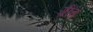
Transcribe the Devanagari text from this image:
ग्रींच